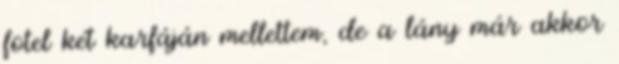
fotel két karfáján mellettem, de a lány már akkor